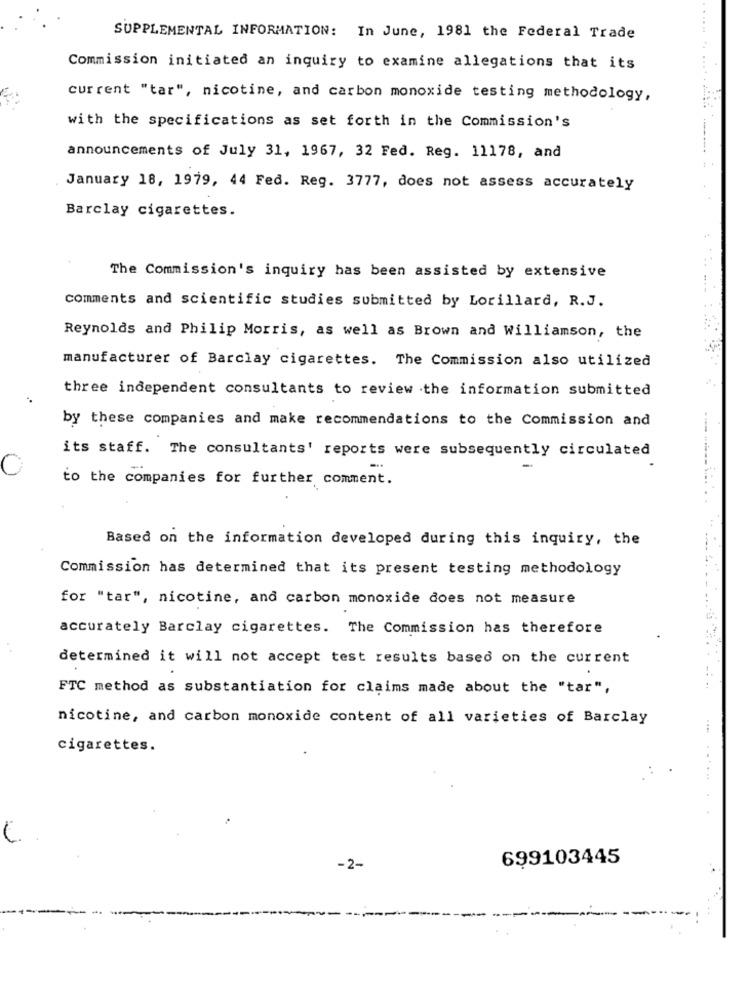
SUPPLEMENTAL INFORMATION: In June, 1981 the Federal Trade
Commission initiated an inquiry to examine allegations that its
current "tar", nicotine, and carbon monoxide testing methodology,
with the specifications as set forth in the Commission's
announcements of July 31, 1967, 32 Fed. Reg. 11178, and
January 18, 1979, 44 Fed. Reg. 3777, does not assess accurately
Barclay cigarettes.
The Commission's inquiry has been assisted by extensive
comments and scientific studies submitted by Lorillard, R.J.
Reynolds and Philip Morris, as well as Brown and Williamson, the
manufacturer of Barclay cigarettes. The Commission also utilized
three independent consultants to review the information submitted
by these companies and make recommendations to the Commission and
its staff. The consultants' reports were subsequently circulated
to the companies for further comment.
Based on the information developed during this inquiry, the
Commission has determined that its present testing methodology
for "tar", nicotine, and carbon monoxide does not measure
accurately Barclay cigarettes. The Commission has therefore
determined it will not accept test results based on the current
FTC method as substantiation for claims made about the "tar",
nicotine, and carbon monoxide content of all varieties of Barclay
....
cigarettes.
699103445
-2-